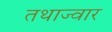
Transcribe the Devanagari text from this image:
तथाज्वार